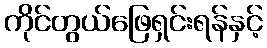
ကိုင်တွယ်ဖြေရှင်းရန်နှင့်